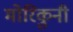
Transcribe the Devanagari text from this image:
मोरिकुनी